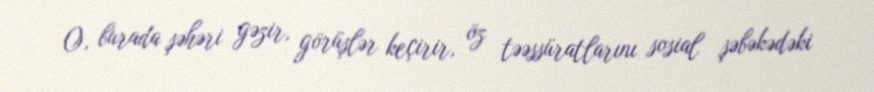
O, burada şəhəri gəzir, görüşlər keçirir, öz təəssüratlarını sosial şəbəkədəki